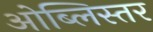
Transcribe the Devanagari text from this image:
ओब्लिस्तर